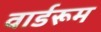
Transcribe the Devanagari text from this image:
वार्डरूम